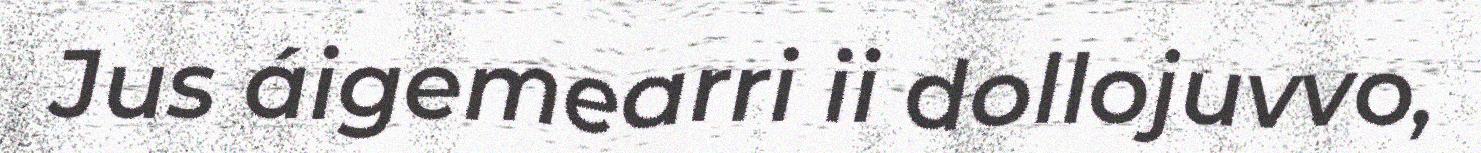
Jus áigemearri ii dollojuvvo,